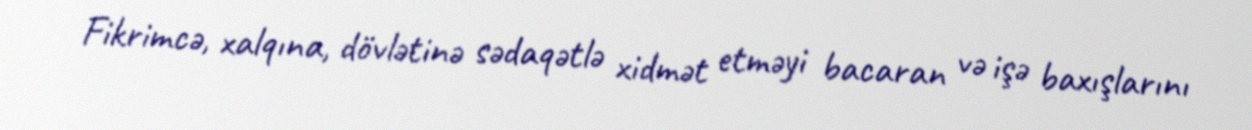
Fikrimcə, xalqına, dövlətinə sədaqətlə xidmət etməyi bacaran və işə baxışlarını